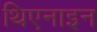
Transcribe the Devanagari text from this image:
थिएनाइन